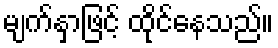
မျက်နှာဖြင့် ထိုင်နေသည်။